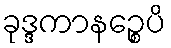
ခုဒ္ဒကာနဉ္စေပိ